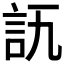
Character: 𧥭